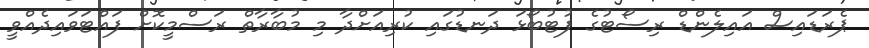
ޕެރަޑައިސް އައިލެންޑް ރިސޯޓުގެ ފުޓުބޯޅަ ދަނޑުގައި ކުރިއަށްދާ މި މުބާރާތް ރަސްމީކޮށް ފައްޓަވައިދެއްވީ